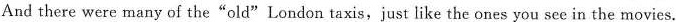
And there were many of the"old"London taxis,just like the ones you see in the movies.